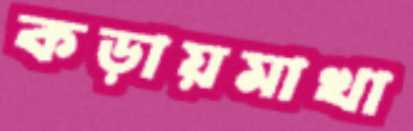
কড়ায়মাখা